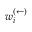
w _ { i } ^ { ( \leftarrow ) }